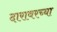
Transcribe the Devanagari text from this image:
दारावरच्या